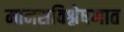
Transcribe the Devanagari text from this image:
मानसविश्लेषणात